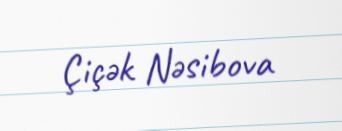
Çiçək Nəsibova